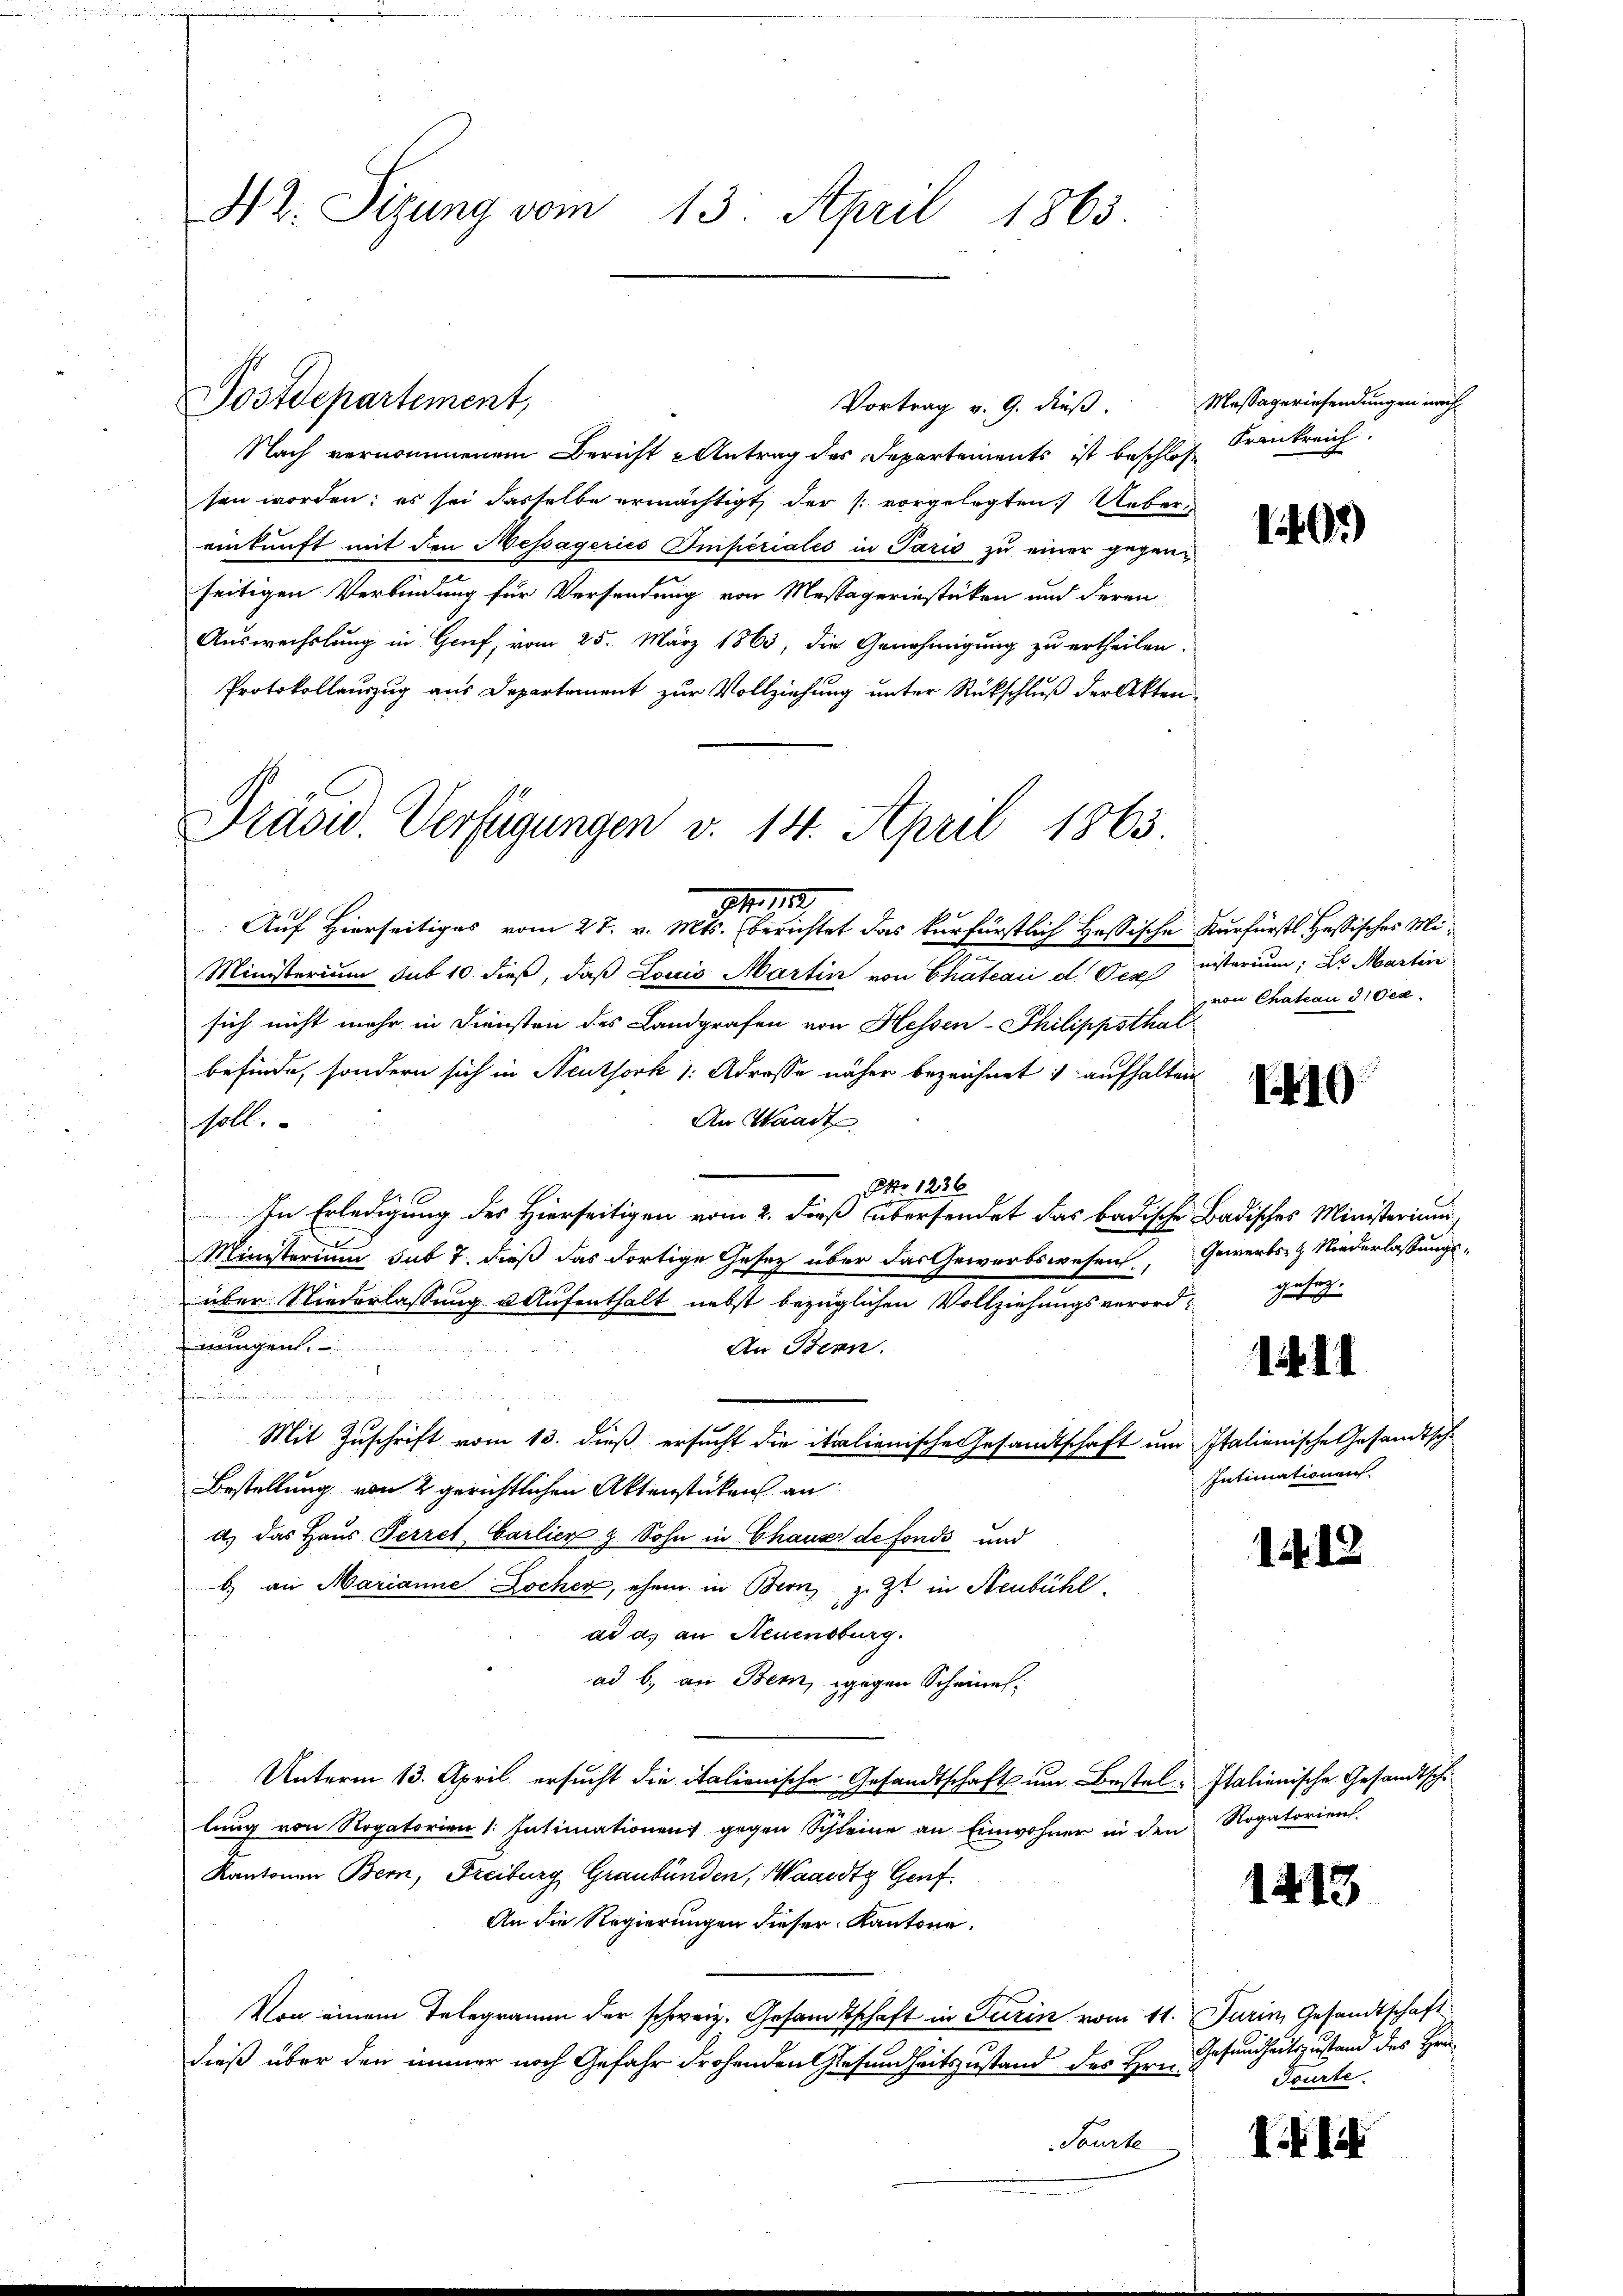
42. Sizung vom 13. April 1863.

Postdepartement,

Nach vernommenem Bericht - Antrag des Departements ist beschlos Frankreich.
sen worden; es sei dasselbe ermächtigt der vorgelegten Uebereinkunft mit den Messageries Imperiales in Paris zu einer gegenseitigen Verbindung für Versendung von Messägerinstüken und deren
Auswechslung in Gruf, vom 25. März 1863, die Genehmigung zu ertheilen.
Protokollauszug aus Departement zur Vollziehung unter Rückschluß der Akten¬
Präsu. Verfügungen v. 14. April 1863

Vortrag v. 9. dieß. Messageriesendungen nach

.M. 11.
Auf Hierseitiges vom 27. v. Mts. berichtet das kurfürstlich Hassische Kurfürst Hessisches Mi¬
Ministerium sub 10. dieß, daß Louis Martin von Chateaii d. Pernisterium, der Martin
sich nicht mehr in Diensten des Landgrafen von Hessen-Philippsthal
befinde, sondern sich in Neuthork 1: Adrosse näher bezeichnet: aufhalten
An Waadt
soll.
NNo. 1236
In Erledigung des Hierseitigen vom 2. dieß übersendet das badische Badisches Ministerium
Ministerium sub 7. dieß das dortige Gesetz über das Gewerbswesen, Gewerbs- & Niederlassungs-
über Niederlassung u Aufenthalt nebst bezüglichen Vollziehungsverord-
mungen
An Bern.
1

Mit Zuschrift vom 13. dieß ersucht die italienische Gesandtschaft um Italienische Gesandtsche
Bestellung von 2 gerichtlichen Aktenstücken an
d.) das Haus Perret Carlier & Sohn in Chauses de fonds und
b) an Marianne Locher, ehem in Bern, z. Zt. in Stenbühl
ad a. an Neuensburg.
ad b. an Bern, gegen Scheines
Unterm 13. April ersucht die italionische Gesandtschaft um Bestel- Italienische Gesandtsche
lung von Rogatorien 1. Intimationen gegen Schleine an Einwohner in den Rogatoriens
Kantonen Bern, Freiburg, Graubünden, Waadt Genf.
An die Regierungen dieser Kantone.
Von einem Telegramm der schweiz. Gesamtschaft in Turin vom 11. Jurin, Gesandtschaft
dieß über den immer noch Gefahr drohenden Gesundheitszustand des Hrn.
Tourte

1407)

von Chation d 1 Dez.

19

gesez¬

14. 11

Intimationen.

1412

1413

Gesundheitszustand des Her
Tourte.

14 li